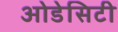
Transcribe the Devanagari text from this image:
ओडेसिटी